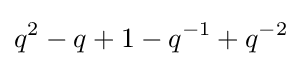
q^{2}-q+1-q^{-1}+q^{-2}